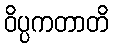
ဝိပ္ပကတာတိ